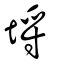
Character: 埒